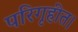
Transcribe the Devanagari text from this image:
परिगृहीत।